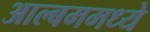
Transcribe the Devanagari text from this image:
आल्बममध्ये